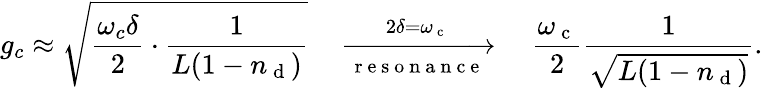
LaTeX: g_{c}\approx\sqrt{\frac{\omega_{c}\delta}{2}\cdot\frac{1}{L(1-n_{\mathrm{~d~}})}}\quad\xrightarrow[\mathrm{~r~e~s~o~n~a~n~c~e~}]{\; 2\delta=\omega_{\mathrm{~c~}}\; }\quad\frac{\omega_{\mathrm{~c~}}}{2}\frac{1}{\sqrt{L(1-n_{\mathrm{~d~}})}}.